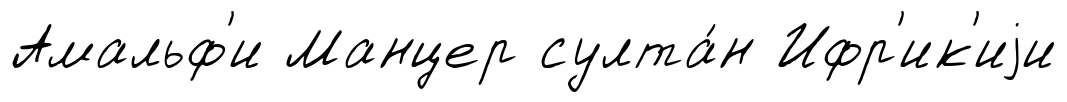
Амальф'и Манцер султа́н Ифр'ик'иjи